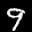
Label: 9